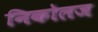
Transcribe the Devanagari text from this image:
निकोलज